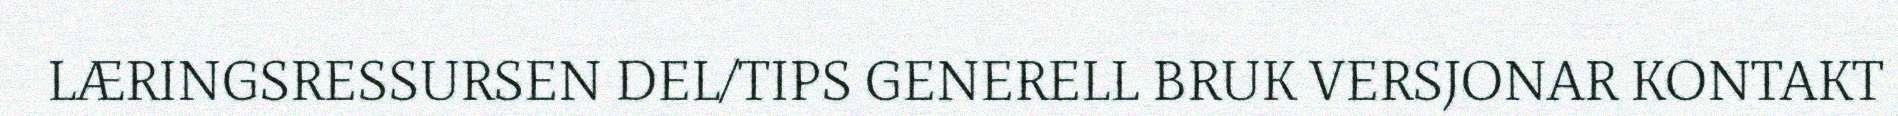
LÆRINGSRESSURSEN DEL/TIPS GENERELL BRUK VERSJONAR KONTAKT